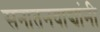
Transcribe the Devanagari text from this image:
सनातनवाद्यांनी